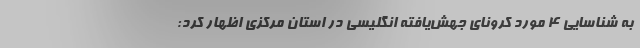
به شناسایی ۴ مورد کرونای جهش‌یافته انگلیسی در استان مرکزی اظهار کرد: